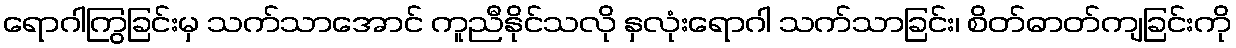
ရောဂါကြွခြင်းမှ သက်သာအောင် ကူညီနိုင်သလို နှလုံးရောဂါ သက်သာခြင်း၊ စိတ်ဓာတ်ကျခြင်းကို